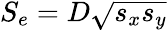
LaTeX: S_{e}=D\sqrt{s_{x}s_{y}}